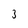
Character: 3